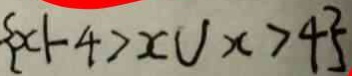
\{ x \vert - 4 > x \cup x > 4 \}